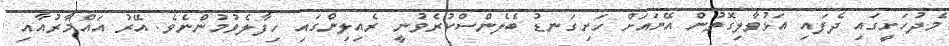
މެދުހަށީގައި ދެފައި އަޅުވާލިގޮތުން އޭނައަށް ހަށިގަނޑު ބެލެންސްކުރެވުނީ ރެއިލިންގައި ހިފާލެވުމުންނެވެ. އޭރު އައްމާރުއާއި